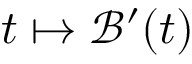
t \mapsto \mathcal { B } ^ { \prime } ( t )